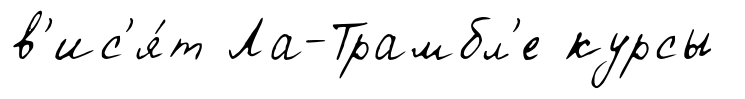
в'ис'я́т Ла-Трамбл'е курсы